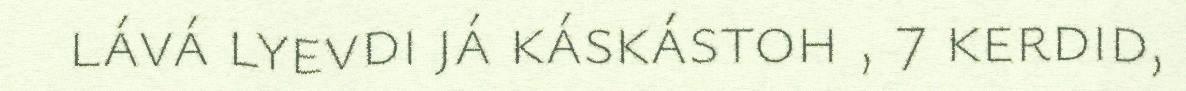
lává lyevdi já káskástoh , 7 kerdid,